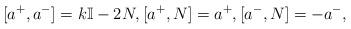
LaTeX: \begin{align*}[ a^+ , a^- ] = k \mathbb{I} - 2N , [a^+ , N] = a^+, [a^- , N ] = - a^-,\end{align*}